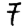
Digit: 7